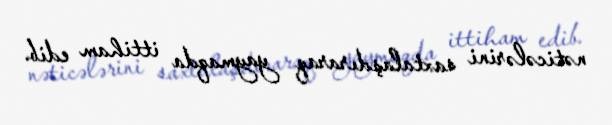
nəticələrini saxtalaşdıraraq yaymaqda ittiham edib.